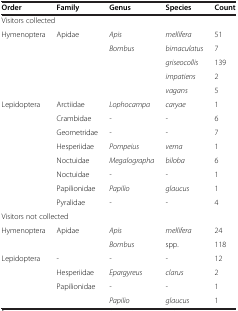
<table><thead><tr><td><b>Order</b></td><td><b>Family</b></td><td><b>Genus</b></td><td><b>Species</b></td><td><b>Count</b></td></tr></thead><tbody><tr><td colspan="5">Visitors collected</td></tr><tr><td>Hymenoptera</td><td>Apidae</td><td><i>Apis</i></td><td><i>mellifera</i></td><td>51</td></tr><tr><td> </td><td> </td><td><i>Bombus</i></td><td><i>bimaculatus</i></td><td>7</td></tr><tr><td> </td><td> </td><td> </td><td><i>griseocollis</i></td><td>139</td></tr><tr><td> </td><td> </td><td> </td><td><i>impatiens</i></td><td>2</td></tr><tr><td> </td><td> </td><td> </td><td><i>vagans</i></td><td>5</td></tr><tr><td>Lepidoptera</td><td>Arctiidae</td><td><i>Lophocampa</i></td><td><i>caryae</i></td><td>1</td></tr><tr><td> </td><td>Crambidae</td><td><i>-</i></td><td><i>-</i></td><td>6</td></tr><tr><td> </td><td>Geometridae</td><td><i>-</i></td><td><i>-</i></td><td>7</td></tr><tr><td> </td><td>Hesperiidae</td><td><i>Pompeius</i></td><td><i>verna</i></td><td>1</td></tr><tr><td> </td><td>Noctuidae</td><td><i>Megalographa</i></td><td><i>biloba</i></td><td>6</td></tr><tr><td> </td><td>Noctuidae</td><td><i>-</i></td><td><i>-</i></td><td>1</td></tr><tr><td> </td><td>Papilionidae</td><td><i>Papilio</i></td><td><i>glaucus</i></td><td>1</td></tr><tr><td> </td><td>Pyralidae</td><td><i>-</i></td><td><i>-</i></td><td>4</td></tr><tr><td colspan="5">Visitors not collected</td></tr><tr><td>Hymenoptera</td><td>Apidae</td><td><i>Apis</i></td><td><i>mellifera</i></td><td>24</td></tr><tr><td> </td><td> </td><td><i>Bombus</i></td><td>spp.</td><td>118</td></tr><tr><td>Lepidoptera</td><td>-</td><td><i>-</i></td><td><i>-</i></td><td>12</td></tr><tr><td> </td><td>Hesperiidae</td><td><i>Epargyreus</i></td><td><i>clarus</i></td><td>2</td></tr><tr><td> </td><td>Papilionidae</td><td><i>-</i></td><td><i>-</i></td><td>1</td></tr><tr><td> </td><td> </td><td><i>Papilio</i></td><td><i>glaucus</i></td><td>1</td></tr></tbody></table>